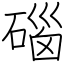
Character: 碯